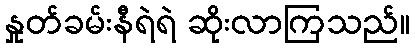
နှုတ်ခမ်းနီရဲရဲ ဆိုးလာကြသည်။